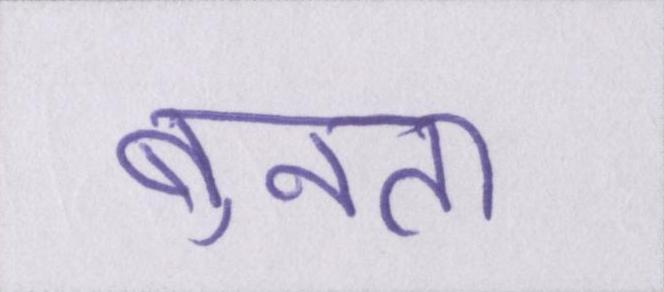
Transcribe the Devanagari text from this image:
बुनता